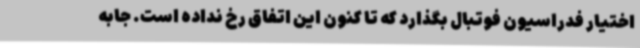
اختیار فدراسیون فوتبال بگذارد که تا کنون این اتفاق رخ نداده است. جابه